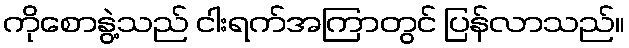
ကိုစောနွဲ့သည် ငါးရက်အကြာတွင် ပြန်လာသည်။